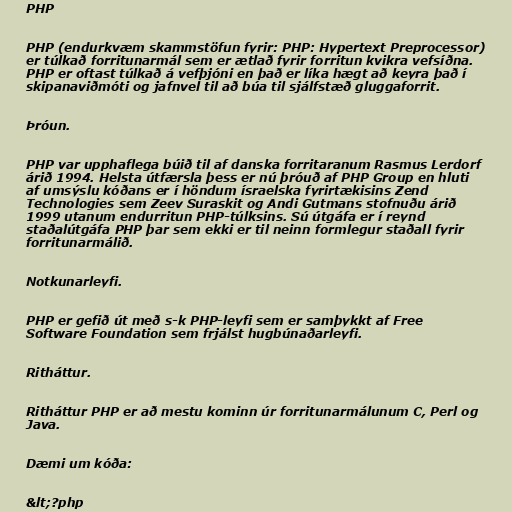
PHP

PHP (endurkvæm skammstöfun fyrir: PHP: Hypertext Preprocessor)
er túlkað forritunarmál sem er ætlað fyrir forritun kvikra vefsíðna.
PHP er oftast túlkað á vefþjóni en það er líka hægt að keyra það í
skipanaviðmóti og jafnvel til að búa til sjálfstæð gluggaforrit.

Þróun.

PHP var upphaflega búið til af danska forritaranum Rasmus Lerdorf
árið 1994. Helsta útfærsla þess er nú þróuð af PHP Group en hluti
af umsýslu kóðans er í höndum ísraelska fyrirtækisins Zend
Technologies sem Zeev Suraskit og Andi Gutmans stofnuðu árið
1999 utanum endurritun PHP-túlksins. Sú útgáfa er í reynd
staðalútgáfa PHP þar sem ekki er til neinn formlegur staðall fyrir
forritunarmálið.

Notkunarleyfi.

PHP er gefið út með s-k PHP-leyfi sem er samþykkt af Free
Software Foundation sem frjálst hugbúnaðarleyfi.

Ritháttur.

Ritháttur PHP er að mestu kominn úr forritunarmálunum C, Perl og
Java.

Dæmi um kóða:

&lt;?php